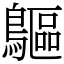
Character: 䳼